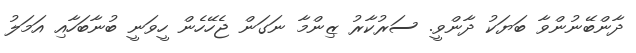
ދާންބޭނުންވާ ބަޔަކު ދާންވީ. ސަރުކާރު ޒިންމާ ނަގަން ޖެހޭހެން ހީވަނީ ބުނާބަހާއި އަމަލު